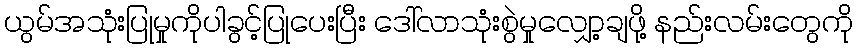
ယွမ်အသုံးပြုမှုကိုပါခွင့်ပြုပေးပြီး ဒေါ်လာသုံးစွဲမှုလျှော့ချဖို့ နည်းလမ်းတွေကို